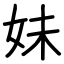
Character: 妹